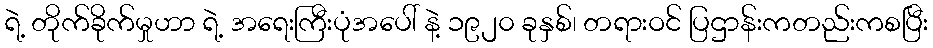
ရဲ့ တိုက်ခိုက်မှုဟာ ရဲ့ အရေးကြီးပုံအပေါ် နဲ့ ၁၉၂၀ ခုနှစ်၊ တရားဝင် ပြဌာန်းကတည်းကစပြီး